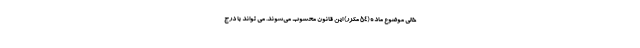
خالی موضوع ماده (۵۴ مکرر) این قانون محسوب می‌شوند. می تواند با درج